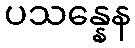
ပသန္နေန